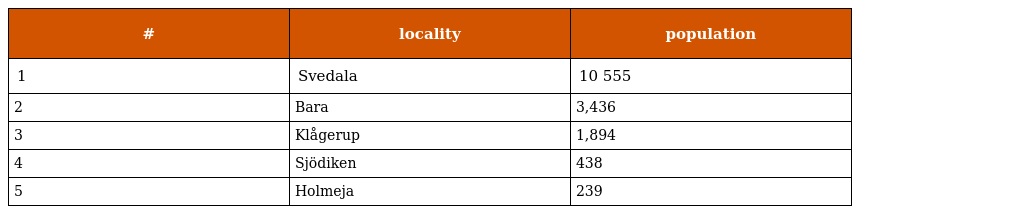
| # | locality | population |
 | --- | --- | --- |
 | 1 | Svedala | 10 555 |
 | 2 | Bara | 3,436 |
 | 3 | Klågerup | 1,894 |
 | 4 | Sjödiken | 438 |
 | 5 | Holmeja | 239 |